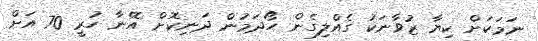
ނަމަކަށް ކިޔާ ޒުވާނަކު ގެއްލިގެން ހޯދަމުން ދަނިކޮށް އޭނާ ހުރީ 70 އަށް